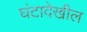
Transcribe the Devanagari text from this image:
घंटादेखील